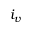
i _ { v }